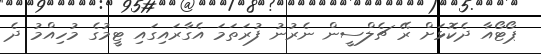
ޕޯޓޯއާ ދެކޮޅަށް ރޭ ޗެލްސީން ނެރުނު ފުރަތަމަ އެގާރައިގައި ޓީމުގެ މުހިއްމު ދެ